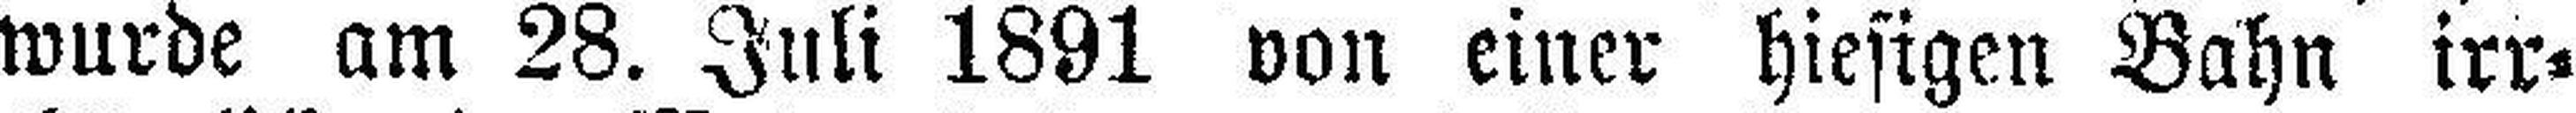
wurde am 28. Juli 1891 von einer hiesigen Bahn irr¬